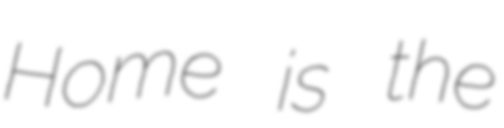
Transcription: Home is the